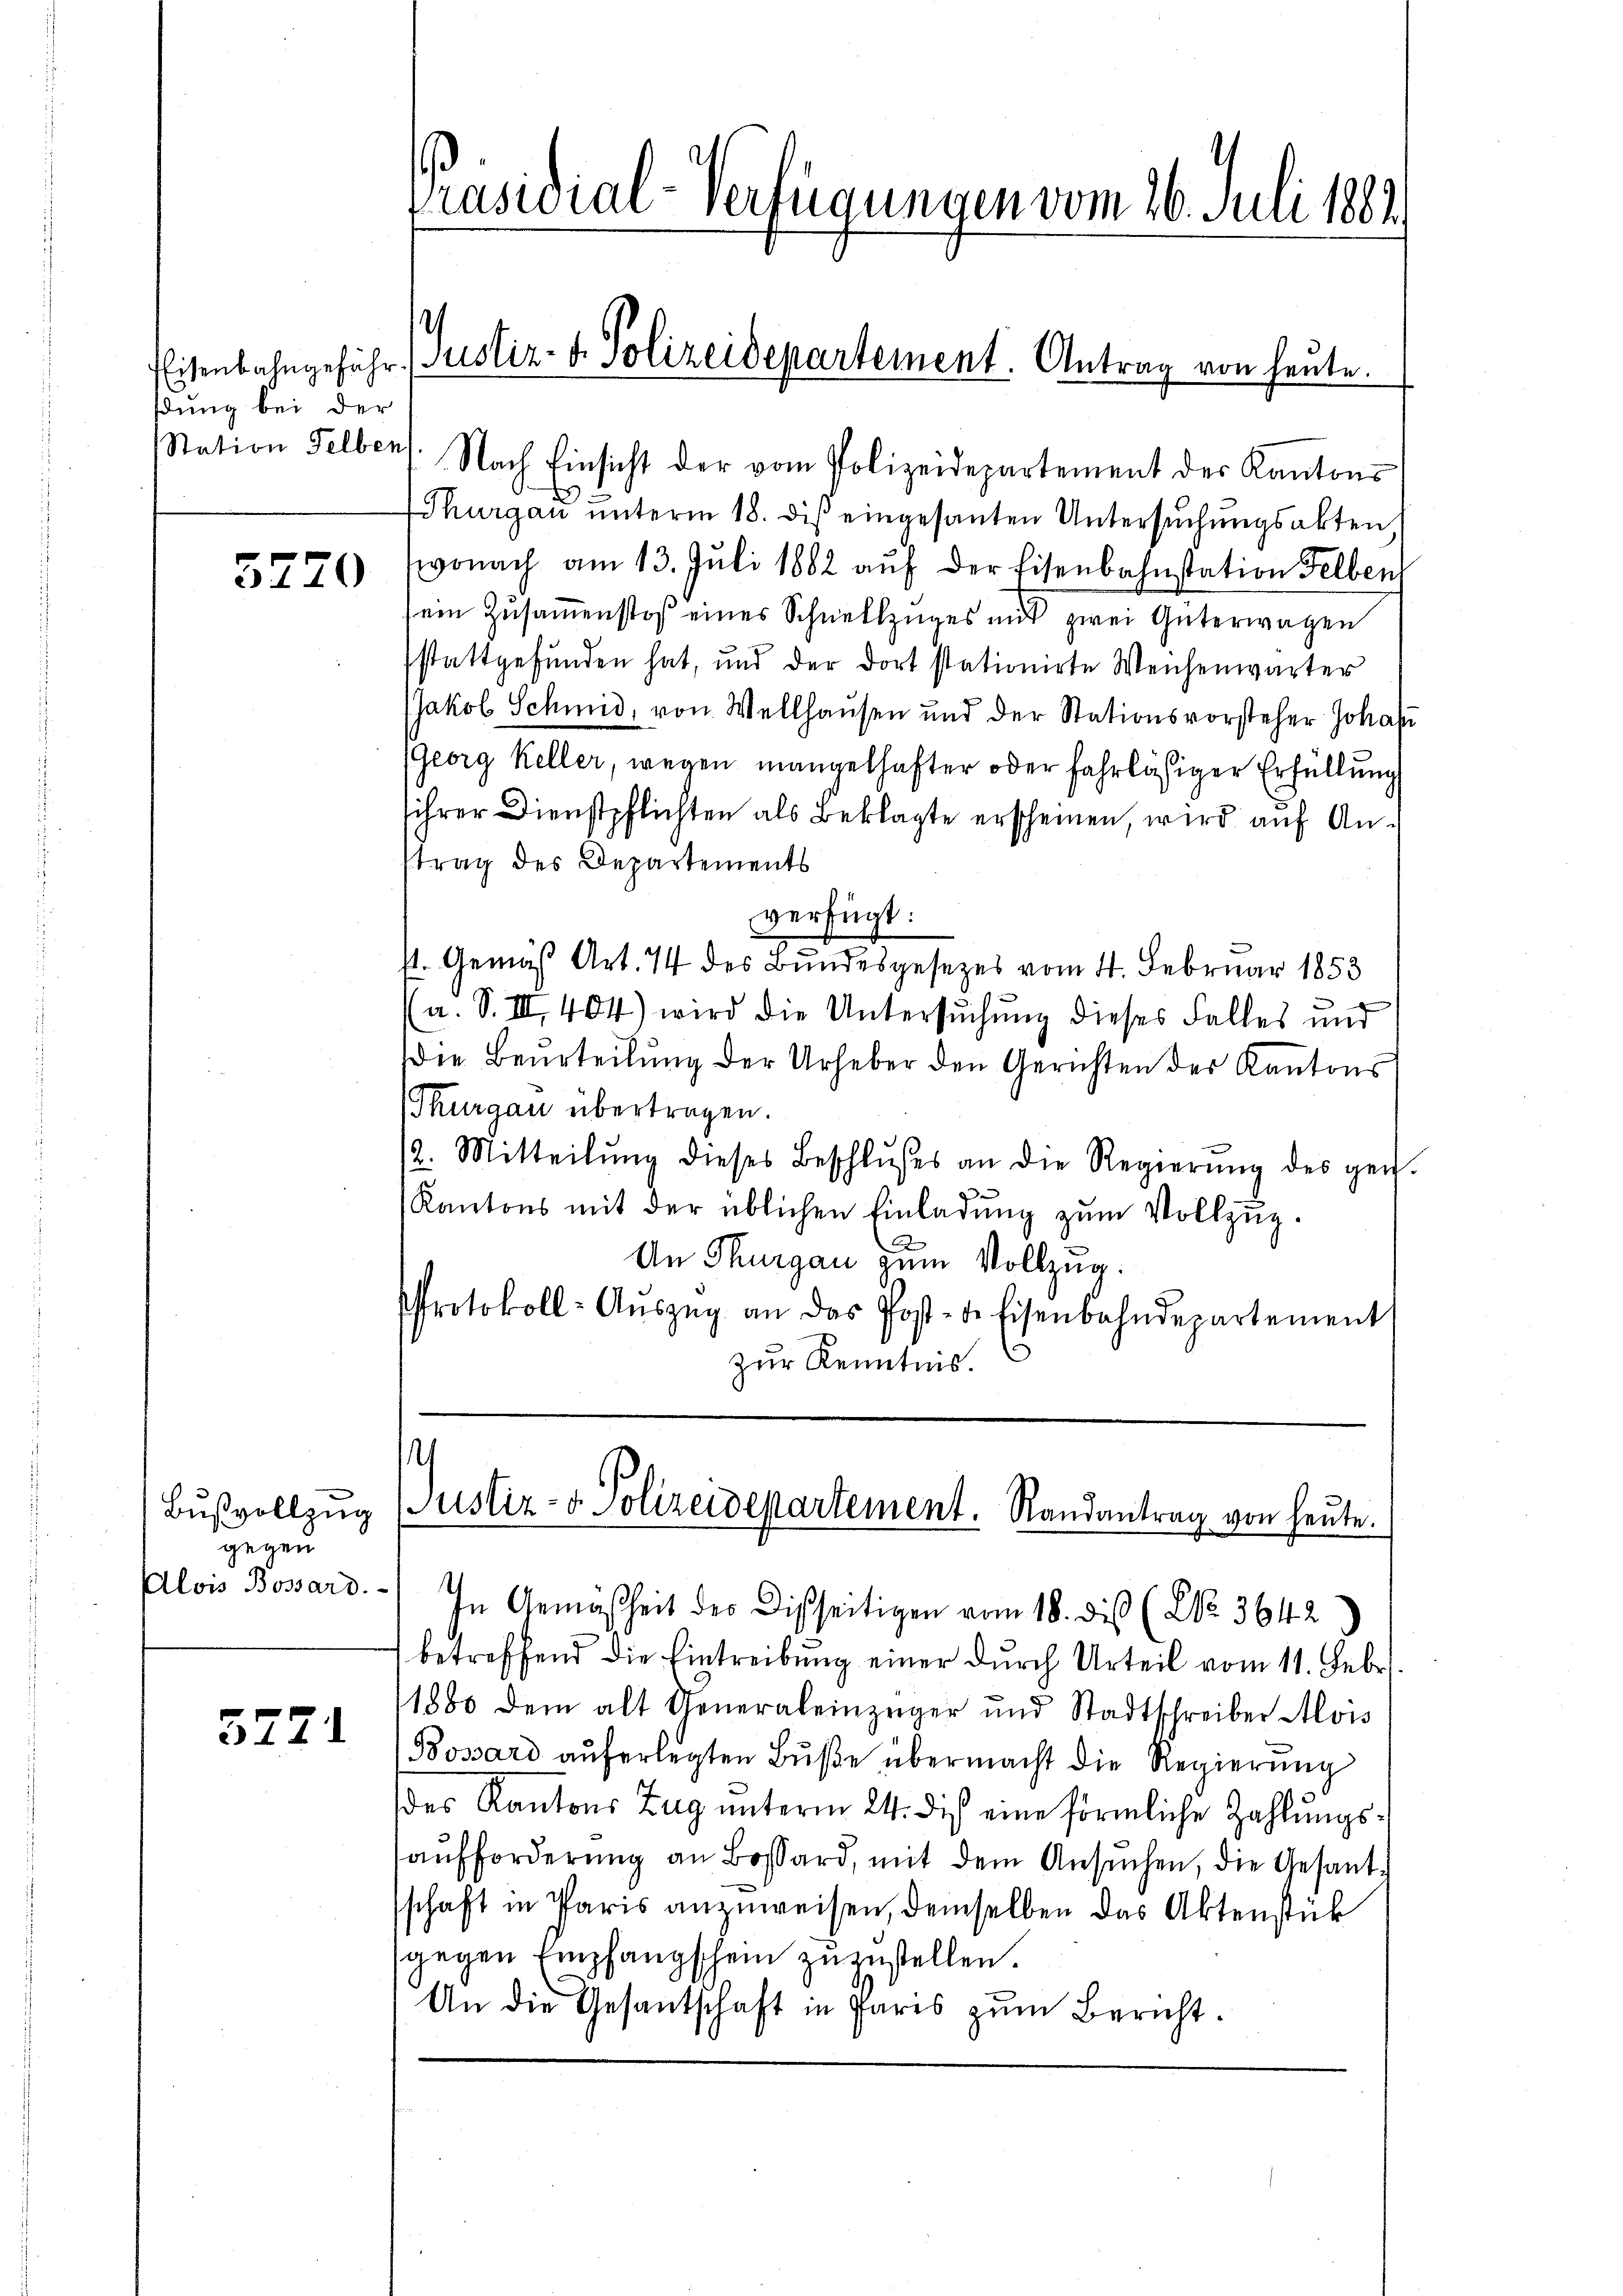
dung bei der

5270

Bŭsvollzug
gegen

3771

Präsidial-Verfügungen vom 26. Juli 1887

h

Station selben. Nach Einsicht der vom Polizeidepartement der Kantons
Thurgau unterm 18. diβ eingesanten Untersuchungsakten,
wonach am 13. Juli 1882 aŭf der Eisenbahnstation Felben
ein Zŭsaṁenstoß eines Schnellzŭges mit zwei Güterwagen
stattgefunden hat, und der dort stationirte Weichenwärter
Jakob Schmid, von Wellhausen und der Stationsvorsteher Johann
(Georg Keller, wegen mangelhafter oder fahrlässiger Erfüllung
sihrer Dienstpflichten als Beklagte erscheinen, wird auf Antrag des Departements
verfügt:
st. Gemäß Art. 14 des Bundesgesezes vom 4. Februar 1853
(a. S. III 404) wird die Untersuchung dieses Falles und
Die Beurteilung der Urheber den Gerichten des Kantons
Thurgau übertragen.
/2. Mitteilŭng dieses Beschlŭsses an die Regierŭng des ge-
Kantons mit der üblichen Einladŭng zŭm Vollzŭg-
An Thurgau zum Vollzug.
Protokoll-Aŭszŭg an das Post- der Eisenbahndepartement
zur Kenntnis.

Eisenbahngeführ (Justiz- & Polizeidepartement. Antrag von heute.

Alois Bossard.) In Gemäßheit der Disseitigen vom 18. dis (NNo. 3642
betreffend die Eintreibŭng einer durch Urteil vom 11. Febr.
1880 dem alt Generaleinzüger und Stadtschreiber Alois
Bossard aŭferlegten Bŭβe übermacht die Regierŭng
des Kantons Zug unterm 24. dis eine förmliche Zahlungsaŭfforderŭng an Bossard, mit dem Ansŭchen, die Gesandschaft in Paris anzuweisen, demselben das Aktenstück
sgegen Empfangschein zuzustellen.
An die Gesantschaft in Paris zŭm Bericht.

Justiz- & Polizeidepartement. Randantrag von heute.